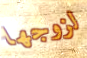
لزوجها